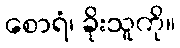
စောရံ၊ ခိုးသူကို။